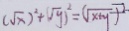
( \sqrt { x } ) ^ { 2 } + ( \sqrt { y } ) ^ { 2 } = ( \sqrt { x + y } ) ^ { 2 }